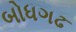
બોધગઢ